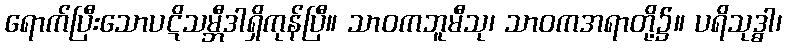
ရောက်ပြီးသောပဋိသမ္ဘီဒါရှိကုန်ပြီ။ သာဝကဘူမီသု၊ သာဝကအရာတို့၌။ ပရိသုဒ္ဓါ၊